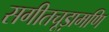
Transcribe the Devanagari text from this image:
सगीतचूड़ामणि